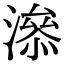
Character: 㵕